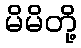
မိမိတို့